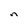
Character: n